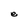
Character: e